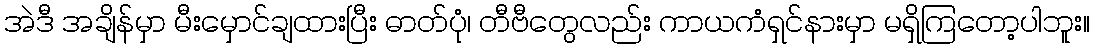
အဲဒီ အချိန်မှာ မီးမှောင်ချထားပြီး ဓာတ်ပုံ၊ တီဗီတွေလည်း ကာယကံရှင်နားမှာ မရှိကြတော့ပါဘူး။